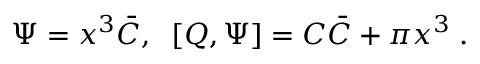
\Psi = x ^ { 3 } \bar { \cal C } , \; \; [ Q , \Psi ] = { \cal C } \bar { \cal C } + \pi x ^ { 3 } \; .